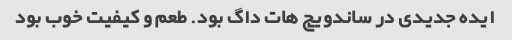
ایده جدیدی در ساندویچ هات داگ بود. طعم و کیفیت خوب بود